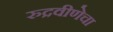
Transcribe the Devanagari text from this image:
रुद्रवीणेचा